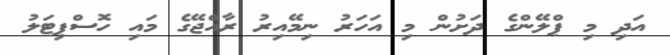
އަދި މި ޕްލޭންގެ ދަށުން މި އަހަރު ނިމޭއިރު ރާއްޖޭގެ މައި ހޮސްޕިޓަލު